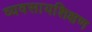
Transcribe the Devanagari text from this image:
व्यवसायशिक्षण